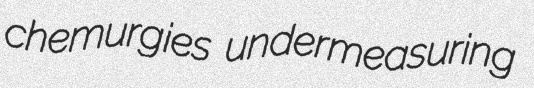
chemurgies undermeasuring